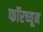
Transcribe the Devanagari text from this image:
फॉरच्यून